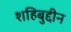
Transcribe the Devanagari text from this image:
शहिबुद्दीन